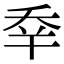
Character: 𠂷